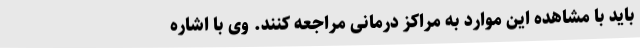
باید با مشاهده این موارد به مراکز درمانی مراجعه کنند. وی با اشاره